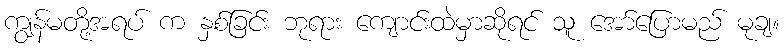
ကျွန်မတို့အရပ် က နှစ်ခြင်း ဘုရား ကျောင်းထဲမှာဆိုရင် သူ အော်ပြောမည် မုချ။